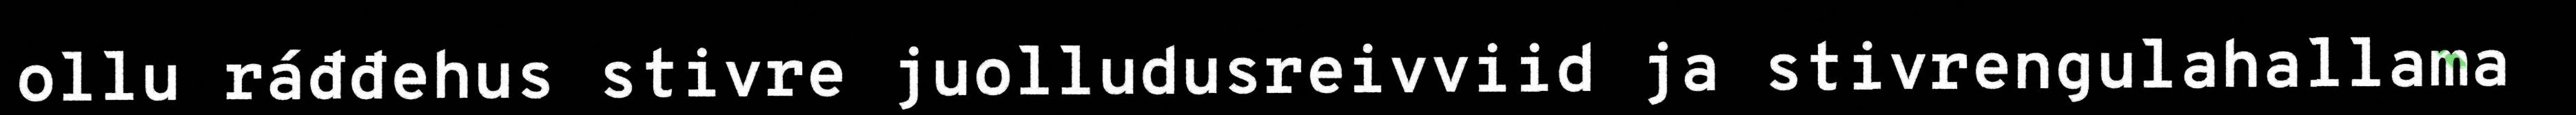
ollu ráđđehus stivre juolludusreivviid ja stivrengulahallama